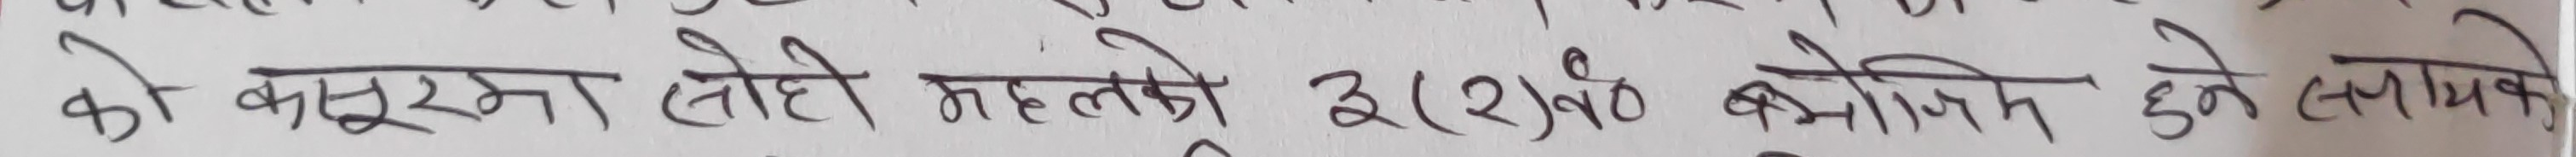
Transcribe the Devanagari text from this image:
को कसुरमा सोही महत्वको ३(२)को बमोजिम हुने त्यसपनि